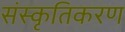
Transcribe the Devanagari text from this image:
संस्‍कृतिकरण